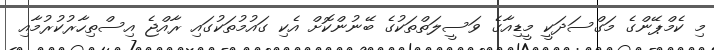
މި ކެމްޕޭންގެ މަގްސަދަކީ މީޑިއާގެ ވަސީލަތްތަކުގެ ބޭނުންކޮށް އެކި ގައުމުތަކުގައި ރާއްޖެ އިސްތިހާރުކުރުމާއި